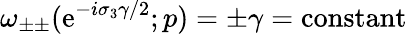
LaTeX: \omega_{\pm\pm}(\mathrm{e}^{-i\sigma_{3}\gamma/2};p)=\pm\gamma=\mathrm{{constant}}